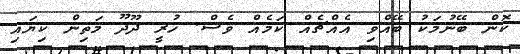
ކޮން ބޭނުމަކު ބޭއްވި އެއްޗެއް ކަމެއް ވެސް. ހުރީ ދޫދޫ މަތިން ކިޔައި